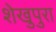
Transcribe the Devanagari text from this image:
शेखुपुरा